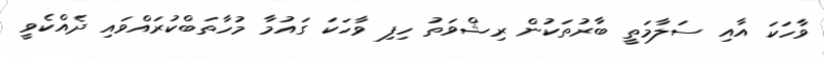
ވާހަކަ އާއި ސަލާމަތީ ބާރުތަކުން ރިޝްވަތު ހިފި ވާހަކަ ގައުމާ މުހާތަބްކުރައްވައި ދެއްކެވީ